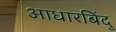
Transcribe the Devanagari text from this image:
आधारबिंदु